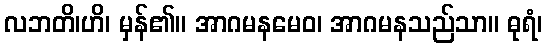
လဘတိ၊ဟိ၊ မှန်၏။ အာဂမနမေဝ၊ အာဂမနသည်သာ။ ဓုရံ၊